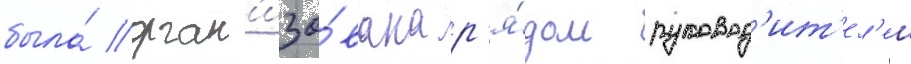
была́ орган'изо́вана р'я́дом руковод'ит'ел'еи